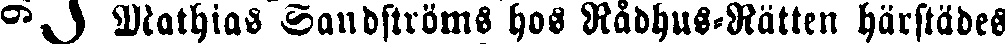
J Mathias Sandströms hos Rådhus-Rätten härstädes